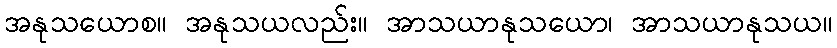
အနုသယောစ။ အနုသယလည်း။ အာသယာနုသယော၊ အာသယာနုသယ။